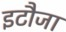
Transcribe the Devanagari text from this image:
इटौजा